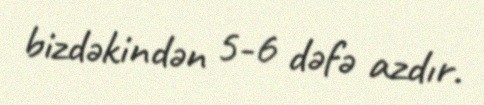
bizdəkindən 5-6 dəfə azdır.